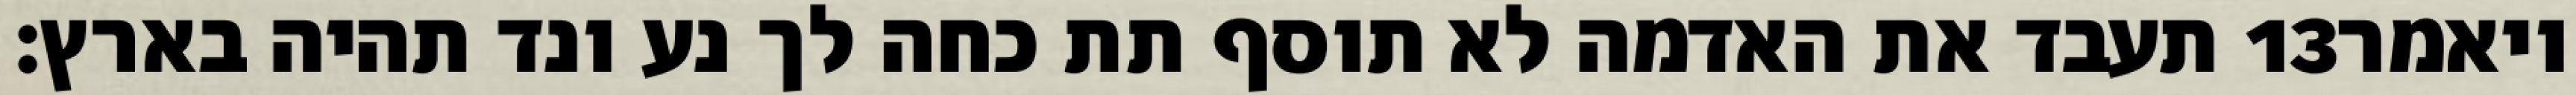
תעבד את האדמה לא תוסף תת כחה לך נע ונד תהיה בארץ׃ ‎13‏ ויאמר